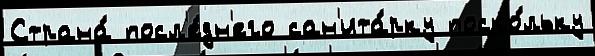
Страна́ посл'е́дн'его сан'ита́рку поско́льку